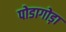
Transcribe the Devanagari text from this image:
पोडागोड़ा